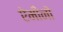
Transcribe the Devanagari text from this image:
ऐमीनो